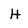
Character: H